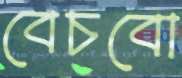
বেচবো